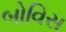
બોવિસ